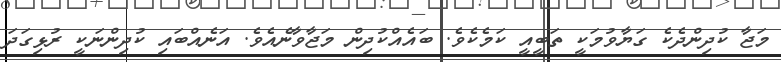
މަޖާ ކުދިންދެކެ ގަޔާވުމަކީ ތަބީއީ ކަމެކެވެ. ބައެއްކުދިން މަޖާވާނެއެވެ. އަނެއްބައި ކުދިންނަކީ ރުޅިގަދަ